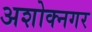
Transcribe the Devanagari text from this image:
अशोक्नगर